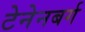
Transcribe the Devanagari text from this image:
टेनेनबर्ग